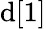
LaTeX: \mathrm{d}[1]